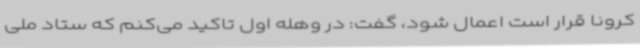
کرونا قرار است اعمال شود، گفت: در وهله اول تاکید می‌کنم که ستاد ملی